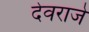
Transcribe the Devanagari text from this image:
देवराजे